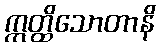
ဣတ္ထိသောတာနိ